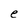
Character: e